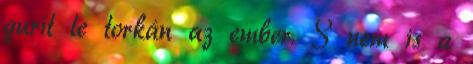
gurít le torkán az ember. S nem is a